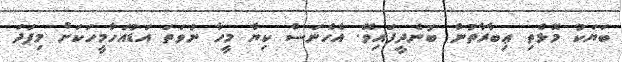
ބަޔަކު މޮޅެތި ޢިބާރާތުން ބުނެދީފައިވޭ. އެހެނަސް ކިޔާ މީހާ ނުވަތަ އަޑުއަހާމީހަކަށް މިފަދަ